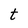
Character: t